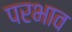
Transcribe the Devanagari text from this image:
परभाव